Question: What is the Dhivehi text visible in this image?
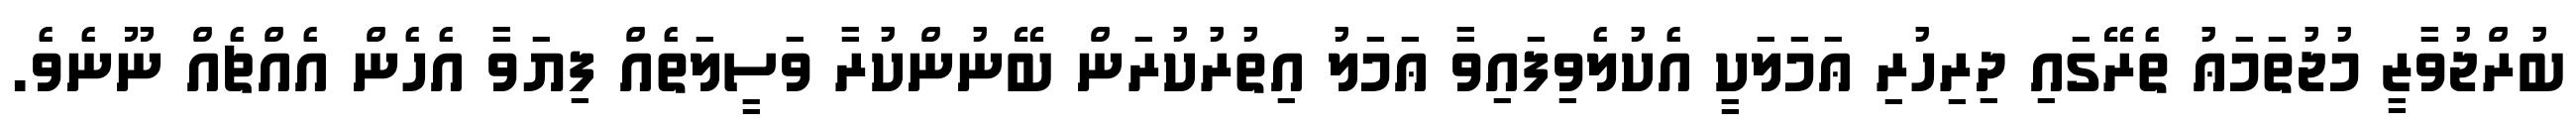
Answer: ބުރްޖުވާޒީ މުޖުތަމަޢު ތެރޭގައި ދިރިހުރި ޢަމަލަކީ އެކުލެވިފައިވާ ޢަމަލު އިތުރުކުރަން ބޭނުންކުރާ ވަސީލަތެއް ފިޔަވާ އެހެން އެއްޗެއް ނޫނެވެ.